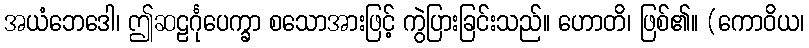
အယံဘေဒေါ၊ ဤဆဠင်္ဂုပေက္ခာ စသောအားဖြင့် ကွဲပြားခြင်းသည်။ ဟောတိ၊ ဖြစ်၏။ (ကောဝိယ၊